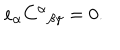
LaTeX: e _ { \alpha } C ^ { \alpha } { } _ { \beta \gamma } = 0 .